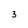
Character: 3